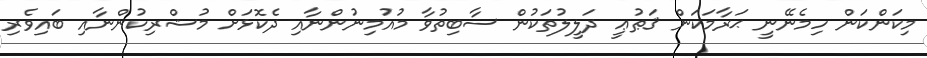
މިކަންކަން ހިމެނޭނީ ޙަރާމަކަން ޤަޠުޢީ ދަލީލުތަކުން ސާބިތުވާ މުއުމިނުންނާއި ދެކޮޅަށް މުޝްރިކުންނާއި ބައިވެރި